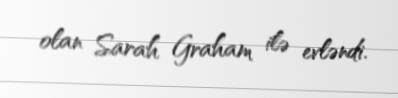
olan Sarah Graham ilə evləndi.